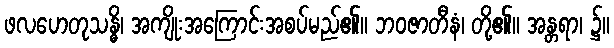
ဖလဟေတုသန္ဓိ၊ အကျိုးအကြောင်းအစပ်မည်၏။ ဘဝဇာတီနံ၊ တို့၏။ အန္တရာ၊ ၌။